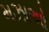
મઝાઓ